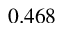
0 . 4 6 8